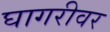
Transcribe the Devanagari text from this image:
घागरीवर